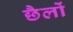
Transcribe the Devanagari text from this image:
छैलों